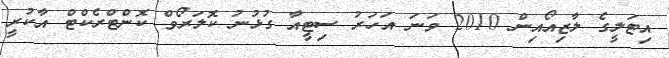
އިޓަލީގެ ލާޒިއޯއިން 2010 ވަނަ އަހަރު ސިޓީއާ ގުޅުނު ކޮލަރޯވް ކޮންޓްރެކްޓް އާކުރީ